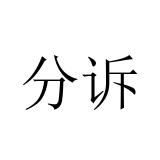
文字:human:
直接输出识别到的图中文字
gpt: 分诉